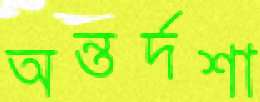
অন্তর্দশা